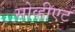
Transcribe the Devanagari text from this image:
सोव्हीएट